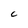
Character: C